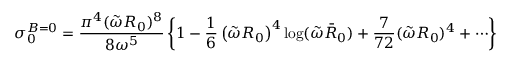
\sigma _ { 0 } ^ { B = 0 } = { \frac { \pi ^ { 4 } ( \tilde { \omega } R _ { 0 } ) ^ { 8 } } { 8 \omega ^ { 5 } } } \left\{ 1 - { \frac { 1 } { 6 } } \left( \tilde { \omega } R _ { 0 } \right) ^ { 4 } \log ( \tilde { \omega } \bar { R } _ { 0 } ) + { \frac { 7 } { 7 2 } } ( \tilde { \omega } R _ { 0 } ) ^ { 4 } + \cdots \right\}